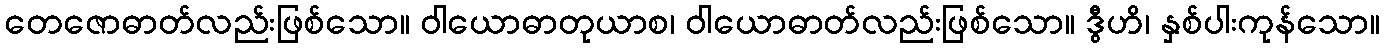
တေဇောဓာတ်လည်းဖြစ်သော။ ဝါယောဓာတုယာစ၊ ဝါယောဓာတ်လည်းဖြစ်သော။ ဒွီဟိ၊ နှစ်ပါးကုန်သော။